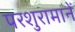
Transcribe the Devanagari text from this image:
परशुरामानें